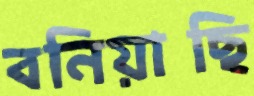
বনিয়াছি